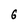
Character: 6